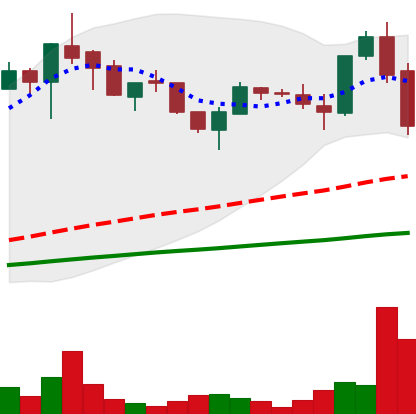
Ticker: LTC-USD
Chart end date: 2017-05-26
Forward return: 6.524%
Label: up_5_7